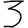
Digit: 3